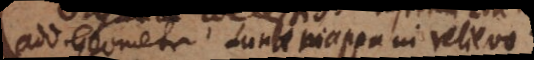
add. Geometr. Lunae mappa in relievo.